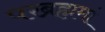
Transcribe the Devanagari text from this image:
परब्रह्ममां